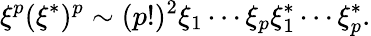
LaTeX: \xi^{p}(\xi^{*})^{p}\sim(p!)^{2}\xi_{1}\cdots\xi_{p}\xi_{1}^{*}\cdots\xi_{p}^{*}.